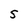
Character: S